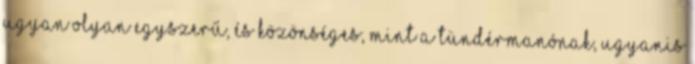
ugyan olyan egyszerű, és közönséges, mint a tündérmanónak, ugyanis